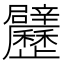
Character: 𲅉